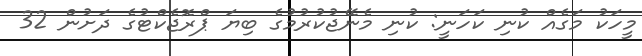
މީހަކު މަގެއް ކުނި ކަހަނީ: ކުނި މެނޭޖުކުރުމުގެ ބިޔަ ޕްރޮޖެކްޓުގެ ދަށުން 32